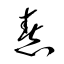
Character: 惷